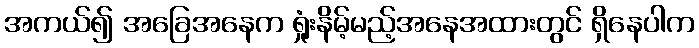
အကယ်၍ အခြေအနေက ရှုံးနိမ့်မည့်အနေအထားတွင် ရှိနေပါက